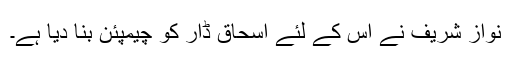
نواز شریف نے اس کے لئے اسحاق ڈار کو چیمپئن بنا دیا ہے۔